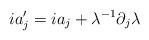
LaTeX: \begin{align*}ia'_{j}=ia_{j}+\lambda^{-1}\partial_{j}\lambda\end{align*}